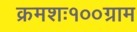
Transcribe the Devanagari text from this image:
क्रमशः१००ग्राम